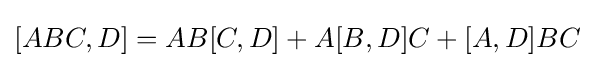
[ABC,D]=AB[C,D]+A[B,D]C+[A,D]BC